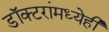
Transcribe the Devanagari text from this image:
डॉक्टरांमध्येही